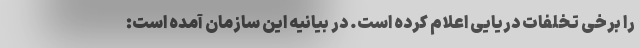
را برخی تخلفات دریایی اعلام ‌کرده است. در بیانیه این سازمان آمده است: